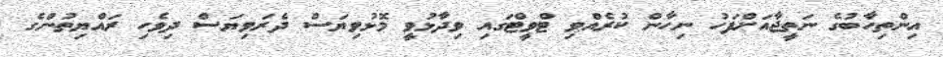
އިންތިހާބުގެ ނަތީޖާއަށްފަހު ނިހާން ކުރެއްވި ޓްވީޓްގައި ވިދާޅުވީ މޮޅުވިޔަސް ދެރަވިޔަސް ދިވެހި ރައްޔިތުންގެ